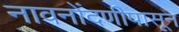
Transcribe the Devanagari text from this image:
नावनोंदणीपासून